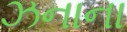
ઝનાના